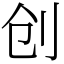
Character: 创